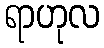
ရာဟုလ